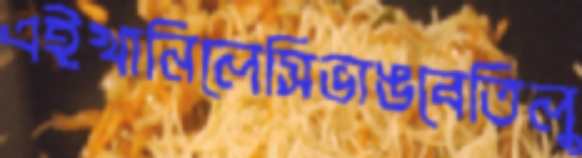
এইখানিলেসিভাঙবেতিলু